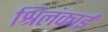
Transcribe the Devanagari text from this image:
श्रिलंकाई